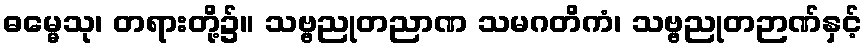
ဓမ္မေသု၊ တရားတို့၌။ သဗ္ဗညုတညာဏ သမဂတိကံ၊ သဗ္ဗညုတဉာဏ်နှင့်